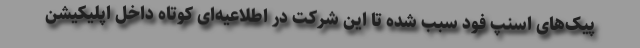
پیک‌های اسنپ فود سبب شده تا این شرکت در اطلاعیه‌ای کوتاه داخل اپلیکیشن